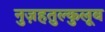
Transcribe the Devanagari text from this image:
नुज़हतुल्कुलूब